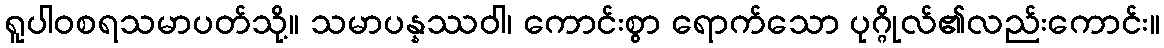
ရူပါဝစရသမာပတ်သို့။ သမာပန္နဿဝါ၊ ကောင်းစွာ ရောက်သော ပုဂ္ဂိုလ်၏လည်းကောင်း။